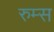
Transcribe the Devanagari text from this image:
रुम्स